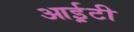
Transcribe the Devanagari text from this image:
आई़़टी